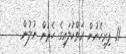
11. ފިރިހެނުން ރަތްކުލައިގެ ހެދުން ނުލުން.